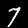
Label: 7